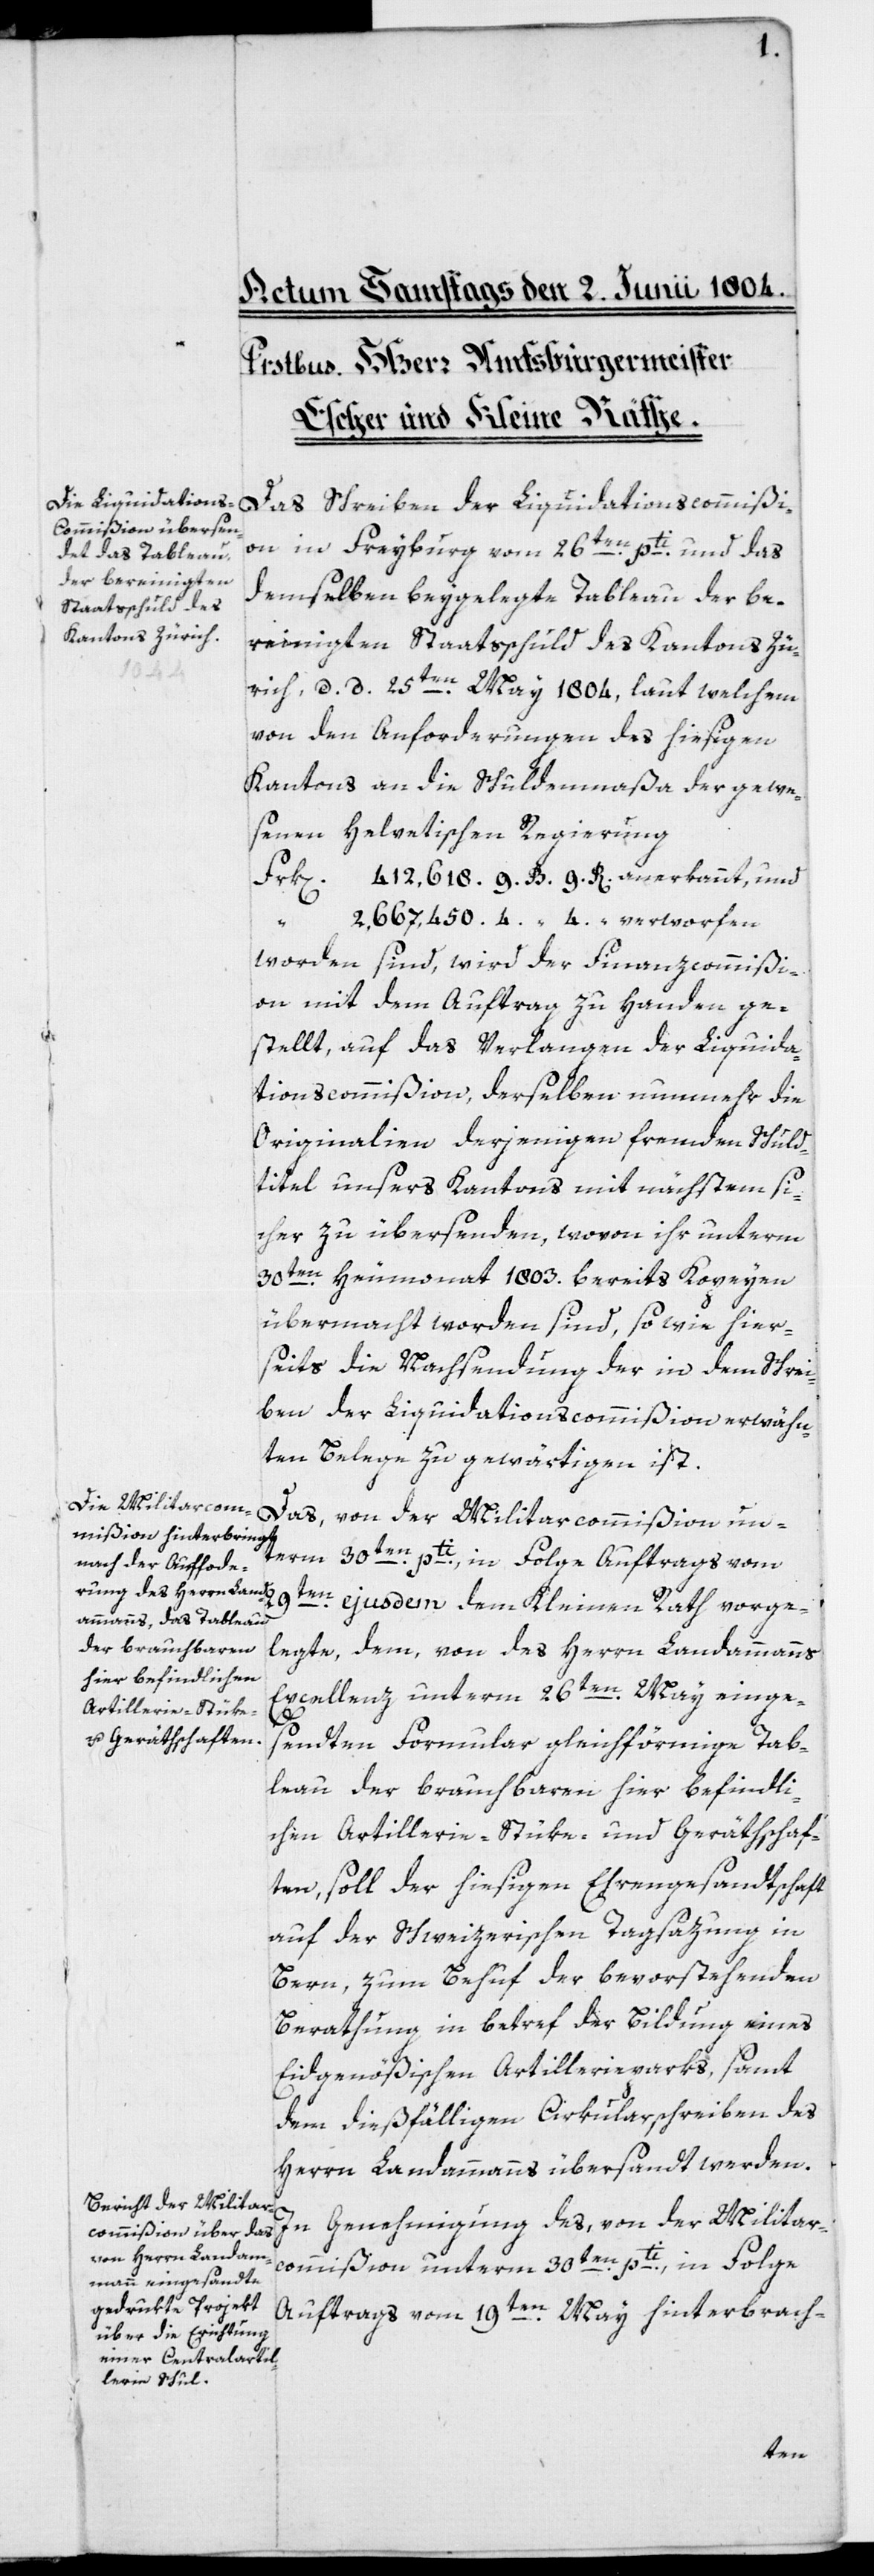
Das Schreiben der Liquidationscommißi¬
on in Freyburg vom 26ten pti und das
demselben beygelegte Tableau der be¬
reinigten Staatsschuld des Kantons Zü¬
rich, d. d. 25ten May 1804, laut welchem
von den Anforderungen des hiesigen
Kantons an die Schuldenmaßa der gewe¬
senen Helvetischen Regierung
Frk[en]. 412,618 9. B. 9 R. anerkannt, und
2,667,450 4. “ 4. “ verworfen
worden sind, wird der Finanzcommißi¬
on mit dem Auftrag zu Handen ge¬
stellt, auf das Verlangen der Liquida¬
tionscommißion, derselben nunmehr die
Originalien derjenigen fremden Schuld¬
titel unsers Kantons mit nächstem si¬
cher zu übersenden, wovon ihr unterm
30ten Heumonat 1803. bereits Kopeyen
übermacht worden sind, sowie hier¬
seits die Nachsendung der in dem Schrei¬
ben der Liquidationscommißion erwähn¬
ten Belege zu gewärtigen ist.
Das, von der Militarcommißion un¬
term 30ten pti, in Folge Auftrags vom
9ten
ejusdem dem Kleinen Rath vorge¬
legte, dem von des Herrn Landammanns
Excellenz unterm 26ten May einge¬
sandten Formular gleichförmige Tab¬
leau der brauchbaren hier befindli¬
chen Artillerie-Stüke und Geräthschaf¬
ten, soll der hiesigen Ehrengesandtschaft
auf der Schweizerischen Tagsazung in
Bern, zum Behuf der bevorstehenden
Berathung in betref der Bildung eines
Eidgenößischen Artillerieparks, samt
dem dießfälligen Cirkularschreiben des
Herrn Landammanns übersandt werden.
In Genehmigung des, von der Militar¬
commißion unterm 30ten pti, in Folge
Auftrags vom 19ten May hinterbrach-